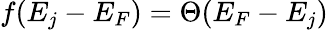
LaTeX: f(E_{j}-E_{F})=\Theta(E_{F}-E_{j})